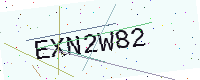
Text: EXN2W82